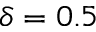
\delta = 0 . 5